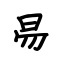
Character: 易